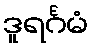
ဒူရင်္ဂမံ